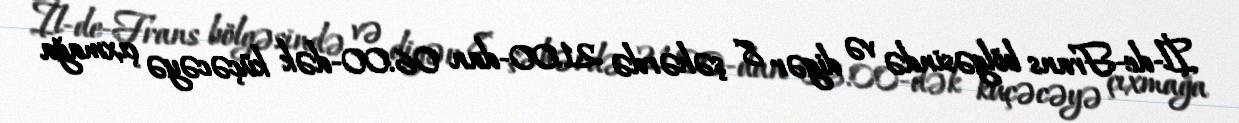
İl-de-Frans bölgəsində və digər 8 şəhərdə 21:00-dan 06:00-dək küçəcəyə çıxmağa